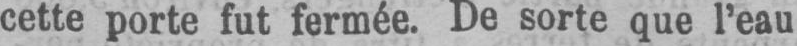
cette porte fut fermée. De sorte que l’eau